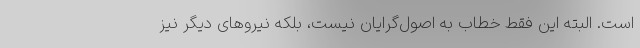
است. البته این فقط خطاب به اصول‌گرایان نیست، بلکه نیروهای دیگر نیز